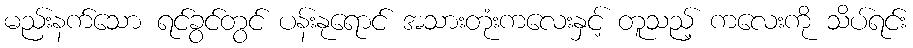
မည်းနက်သော ရင်ခွင်တွင် ပန်းနုရောင် အသားတုံးကလေးနှင့် တူသည့် ကလေးကို သိပ်ရင်း